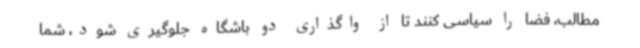
مطالب، فضا را سیاسی کنند تا از واگذاری دو باشگاه جلوگیری شود، شما